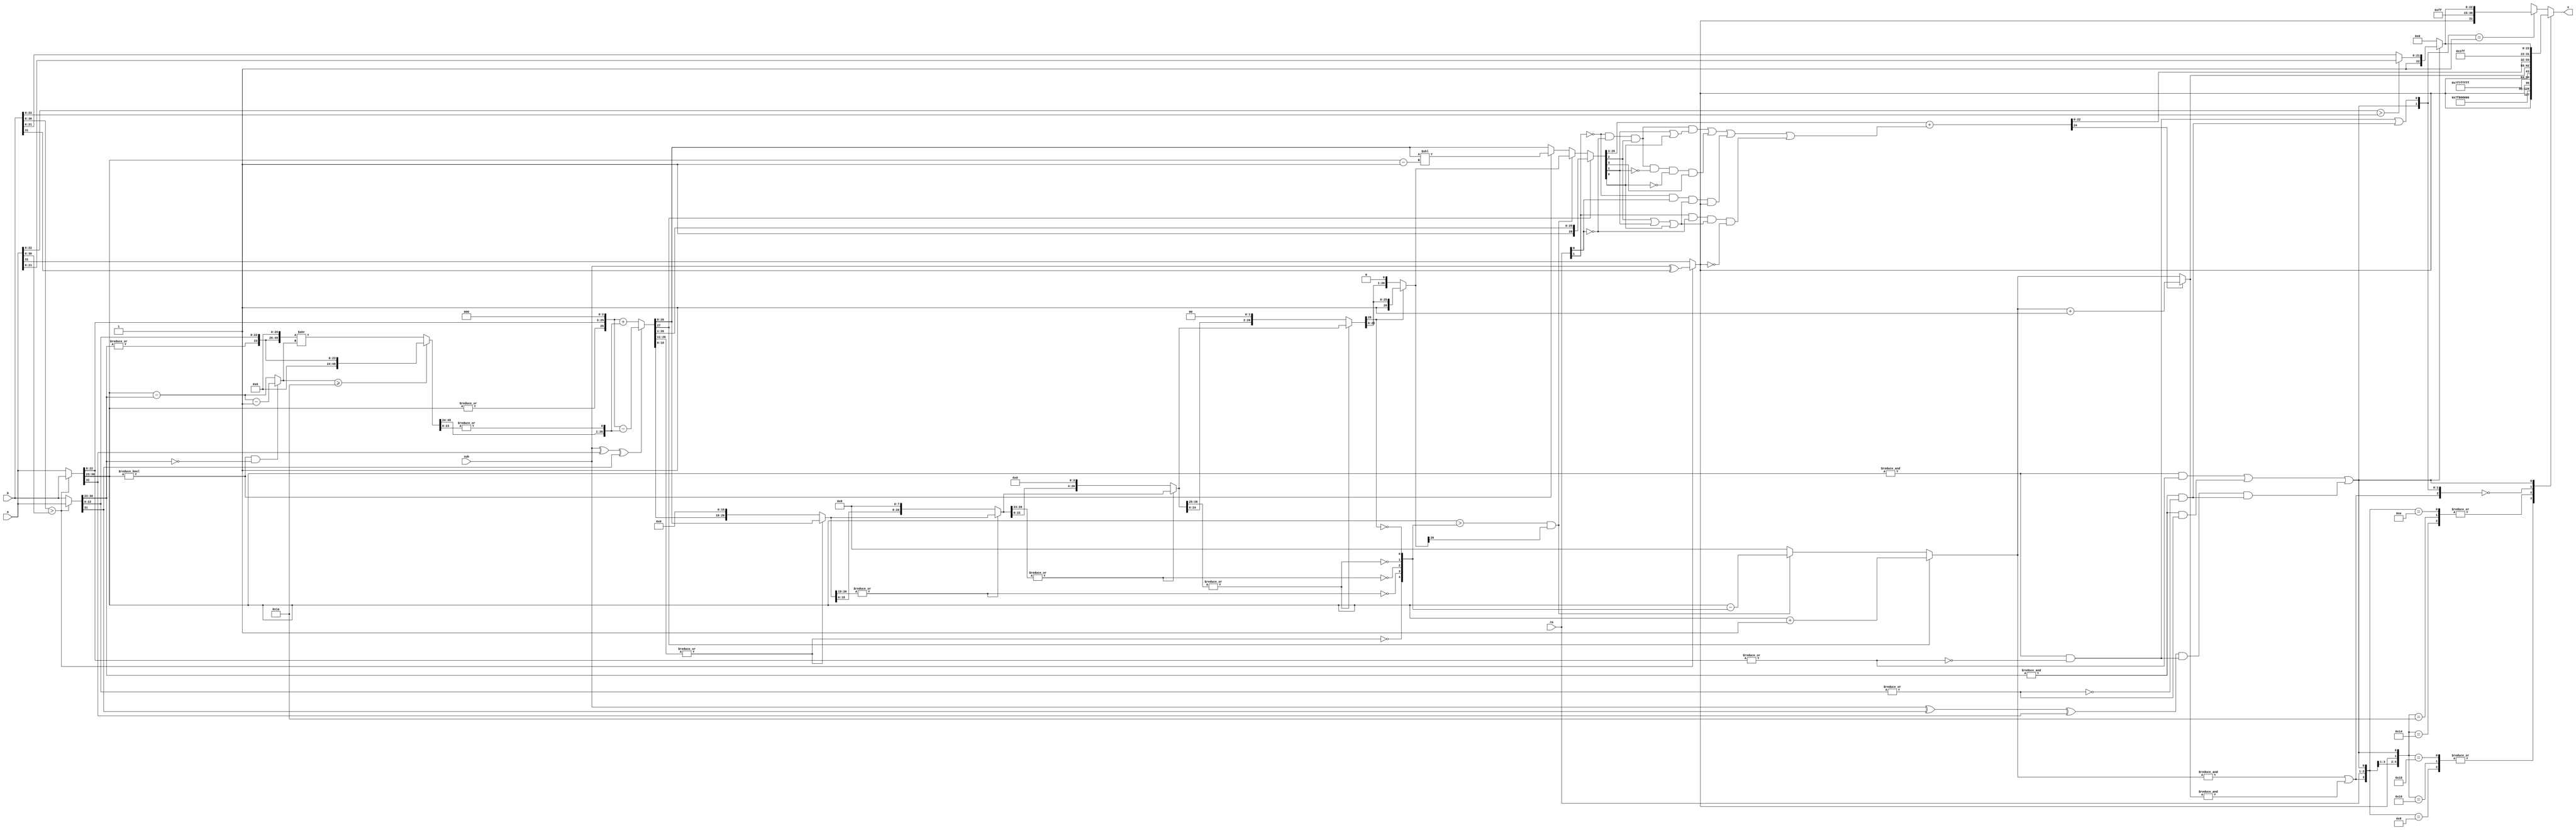
module fadder (a, b, sub, rm, s);	// fadder for addition and subtraction
	input [31:0] a;		// fp a
	input [31:0] b;		// fp b
	input sub;		// sub flag: 0-add; 1-sub
	input [1:0] rm;		// round mode
	output [31:0] s;	// fp output
	wire exchange = ({1'b0, b[30:0]} > {1'b0, a[30:0]});	// exchange to get the large fp and small fp
	wire [31:0] fp_large = exchange? b : a;
	wire [31:0] fp_small = exchange? a : b;

	wire fp_large_hidden_bit = |fp_large[30:23];
	wire fp_small_hidden_bit = |fp_small[30:23];

	wire [23:0] large_frac24 = {fp_large_hidden_bit, fp_large[22:0]};	// expansion bit, 24=23+1
	wire [23:0] small_frac24 = {fp_small_hidden_bit, fp_small[22:0]};

	wire [7:0] temp_exp = fp_large[30:23];

	wire sign = exchange? sub ^ b[31] : a[31];	// the sign of s
	wire op_sub = sub ^ fp_large[31] ^ fp_small[31];
	
	// special cases: inf and nan
	wire fp_large_expo_is_ff = &fp_large[30:23];	// exp == 0xff
	wire fp_small_expo_is_ff = &fp_small[30:23];

	wire fp_large_frac_is_00 = ~|fp_large[22:0];	// frac == 0x0
	wire fp_small_frac_is_00 = ~|fp_small[22:0];

	wire fp_large_is_inf = fp_large_expo_is_ff & fp_large_frac_is_00;
	wire fp_small_is_inf = fp_small_expo_is_ff & fp_small_frac_is_00;
	wire fp_large_is_nan = fp_large_expo_is_ff & ~fp_large_frac_is_00;
	wire fp_small_is_nan = fp_small_expo_is_ff & ~fp_small_frac_is_00;
	wire s_is_inf = fp_large_is_inf | fp_small_is_inf;
	wire s_is_nan = fp_large_is_nan | fp_small_is_nan | ((sub ^ fp_small[31] ^ fp_large[31]) & fp_large_is_inf & fp_small_is_inf);
	wire [22:0] nan_frac = ({1'b0,a[22:0]}>{1'b0,b[22:0]})? {1'b1,a[21:0]} : {1'b1,b[21:0]};	// this nan_frac is strange...IEEE754 standard?
	wire [22:0] inf_nan_frac = s_is_nan? nan_frac : 23'h0;

	// alignment
	wire [7:0] exp_diff = fp_large[30:23] - fp_small[30:23];		// exponent different
	wire small_den_only = (fp_large[30:23] != 0) & (fp_small[30:23] == 0);	// only fp_small is denormalized number or 0
	wire [7:0] shift_amount = small_den_only? exp_diff - 8'h1 : exp_diff;	// shift_amount for alignment
	wire [49:0] small_frac50 = (shift_amount >= 26)? {26'h0,small_frac24} : {small_frac24,26'h0}>>shift_amount;
	wire [26:0] small_frac27 = {small_frac50[49:24], |small_frac50[23:0]};
	wire [27:0] aligned_large_frac = {1'b0,large_frac24, 3'b000};
	wire [27:0] aligned_small_frac = {1'b0,small_frac27};

	// calculation
	wire [27:0] cal_frac = op_sub? aligned_large_frac - aligned_small_frac : aligned_large_frac + aligned_small_frac;
	
	// normalization
	wire [26:0] f4,f3,f2,f1,f0;
	wire zeros4,zeros3,zeros2,zeros1,zeros0;		// shift amount for normalization
	assign zeros4 = ~|cal_frac[26:11];		// 16-bit 0
	assign f4 = zeros4? {cal_frac[10:0],16'b0} : cal_frac[26:0];
	assign zeros3 = ~|f4[26:19];			// 8-bit 0
	assign f3 = zeros3? {f4[18:0],8'b0} : f4;
	assign zeros2 = ~|f3[26:23];			// 4-bit 0
	assign f2 = zeros2? {f3[22:0],4'b0} : f3;
	assign zeros1 = ~|f2[26:25];			// 2-bit 0
	assign f1 = zeros1? {f2[24:0],2'b0} : f2;
	assign zeros0 = ~f1[26];			// 1-bit 0
	assign f0 = zeros0? {f1[25:0],1'b0} : f1;
	wire [4:0] zeros = {zeros4,zeros3,zeros2,zeros1,zeros0};
	reg [7:0] exp0;
	reg [26:0] frac0;
	always @ * begin
		if(cal_frac[27]) begin		// 1x.xxxxxxxxxxxxxxxxxxxxxxx xxx  
			frac0 = cal_frac[27:1];	//  1.xxxxxxxxxxxxxxxxxxxxxxx xxx
			exp0 = temp_exp + 8'h1;
		end 
		else begin
			if((temp_exp > {3'b0,zeros}) && (f0[26])) begin	// s is a normalized number
				exp0 = temp_exp - {3'b0,zeros};
				frac0 = f0;				// 1.xxxxxxxxxxxxxxxxxxxxxxx xxx
			end
			else begin					// s is a denormalized number or 0
				exp0 = 0;
				if(temp_exp != 0)			// fp_large is a normalized number
					frac0 = cal_frac[26:0] << (temp_exp-8'h1);	// (e-127) = ((e-1)-126)
				else 					// fp_large is a denormalized number or 0
					frac0 = cal_frac[26:0];
			end
		end
	end

	// rounding 00-nearest(toward even);01-minus infinite;10-plus infinite;11-zero(frac_plus_1 always equal 0)
	wire frac_plus_1 =
		~rm[1] & ~rm[0] & frac0[2] & (frac0[1] | frac0[0])|
		~rm[1] & ~rm[0] & frac0[2] & ~frac0[1] & ~frac0[0] & frac0[3]|
		~rm[1] & rm[0] & (frac0[2] | frac0[1] | frac0[0]) & sign|
		rm[1] & ~rm[0] & (frac0[2] | frac0[1] | frac0[0]) & ~sign;
	wire [24:0] frac_round = {1'b0,frac0[26:3]} + {24'b0,frac_plus_1};
	wire [7:0] exponent = frac_round[24]? exp0 + 8'h1 : exp0;
	wire overflow = &exp0 | &exponent;
	assign s = final_result(overflow,rm,sign,s_is_nan,s_is_inf,exponent,frac_round[22:0],inf_nan_frac);
	function [31:0] final_result;
		input overflow;
		input [1:0] rm;
		input sign;
		input is_nan;
		input is_inf;
		input [7:0] exponent;
		input [22:0] fraction, inf_nan_frac;
		/* verilator lint_off CASEX */
		/* verilator lint_off CASEOVERLAP */
		casex ({overflow,rm,sign,s_is_nan,s_is_inf})
			6'b1_00_x_0_x : final_result = {sign,8'hff,23'h000000};		// nearest round: inf
			6'b1_01_0_0_x : final_result = {sign,8'hfe,23'h7fffff};		// minus inf round: positive max
			6'b1_01_1_0_x : final_result = {sign,8'hff,23'h000000};		// minus inf round: negative inf
			6'b1_10_0_0_x : final_result = {sign,8'hff,23'h000000}; 	// plus inf round: positive inf
			6'b1_10_1_0_x : final_result = {sign,8'hfe,23'h7fffff};		// plus inf round: negative max
			6'b1_11_x_0_x : final_result = {sign,8'hfe,23'h7fffff}; 	// zero inf round: max
			6'b0_xx_x_0_0 : final_result = {sign,exponent,fraction};	// normalized number
			6'bx_xx_x_1_x : final_result = {1'b1,8'hff,inf_nan_frac};	// nan(emmmmm...there always set sign 1)
			6'bx_xx_x_0_1 : final_result = {sign,8'hff,inf_nan_frac};	// inf
			default       : final_result = {sign,8'h00,23'h000000};		// 0
		endcase
	endfunction
endmodule